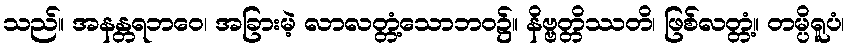
သည်။ အနန္တရဘဝေ၊ အခြားမဲ့ လာလတ္တံ့သောဘဝ၌။ နိဗ္ဗတ္တိဿတိ၊ ဖြစ်လတ္တံ့။ တမ္ပိရူပံ၊